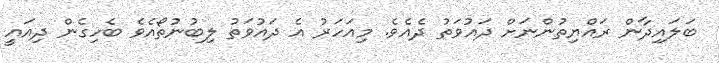
ބަލައިދާން ރައްޔިތުންނަށް ދައުވަތު ދެއެވެ. މިއަހަރު އެ ދައުވަތު ލިބުނުތޯއެވެ ބެހިގެން ދިއައީ